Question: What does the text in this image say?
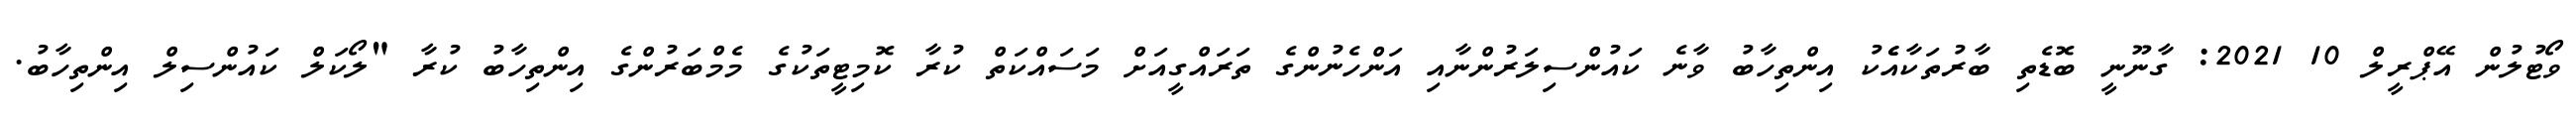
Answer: ވޯޓުލުން އޭޕްރީލް 10 2021: ގާނޫނީ ބޮޑެތި ބާރުތަކާއެެކު އިންތިހާބު ވާނެ ކައުންސިލަރުންނާއި އަންހެނުންގެ ތަރައްގީއަށް މަސައްކަތް ކުރާ ކޮމިޓީތަކުގެ މެމްބަރުންގެ އިންތިހާބު ކުރާ "ލޯކަލް ކައުންސިލް އިންތިހާބު.